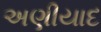
અણીયાદ